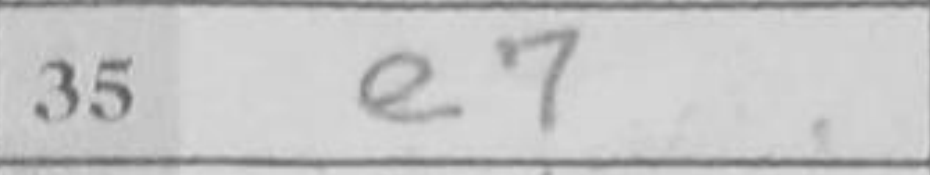
Transcription: e7